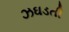
ઝઘડતી